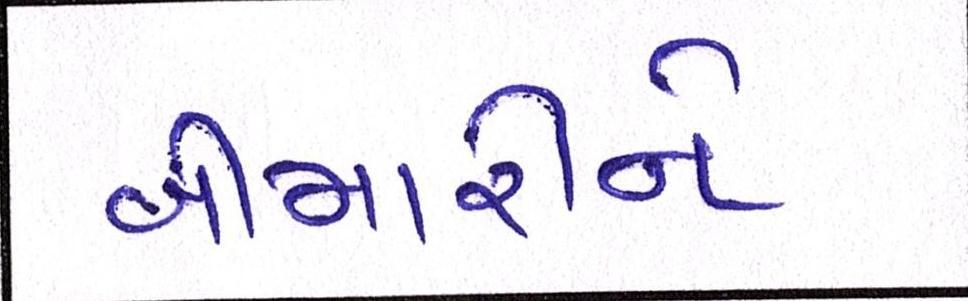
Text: બીમારીને